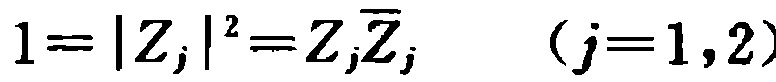
\(1 = |Z_j|^2 = Z_j\overline{Z_j}\quad (j = 1, 2)\)